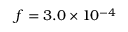
f = 3 . 0 \times 1 0 ^ { - 4 }